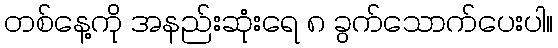
တစ်နေ့ကို အနည်းဆုံးရေ ၈ ခွက်သောက်ပေးပါ။